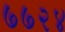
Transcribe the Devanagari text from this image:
७७२४